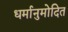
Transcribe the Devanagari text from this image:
धर्मानुमोदित